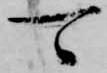
可